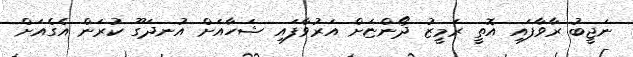
ނަޖީބު ރާވާފައި އޮތީ ރަމީޒު ދޯންޏަށް އަރުވާފައި ޝަހާއަށް އުނދަގޫ ކުރަން އެގެއަށް